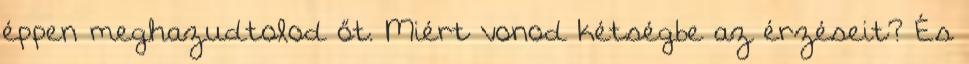
éppen meghazudtolod őt. Miért vonod kétségbe az érzéseit? És